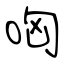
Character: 哅